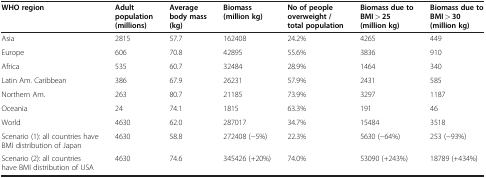
<table><thead><tr><td><b>WHO region</b></td><td><b>Adult population (millions)</b></td><td><b>Average body mass (kg)</b></td><td><b>Biomass (million kg)</b></td><td><b>No of people overweight / total population</b></td><td><b>Biomass due to BMI &gt; 25 (million kg)</b></td><td><b>Biomass due to BMI &gt; 30 (million kg)</b></td></tr></thead><tbody><tr><td>Asia</td><td>2815</td><td>57.7</td><td>162408</td><td>24.2%</td><td>4265</td><td>449</td></tr><tr><td>Europe</td><td>606</td><td>70.8</td><td>42895</td><td>55.6%</td><td>3836</td><td>910</td></tr><tr><td>Africa</td><td>535</td><td>60.7</td><td>32484</td><td>28.9%</td><td>1464</td><td>340</td></tr><tr><td>Latin Am. Caribbean</td><td>386</td><td>67.9</td><td>26231</td><td>57.9%</td><td>2431</td><td>585</td></tr><tr><td>Northern Am.</td><td>263</td><td>80.7</td><td>21185</td><td>73.9%</td><td>3297</td><td>1187</td></tr><tr><td>Oceania</td><td>24</td><td>74.1</td><td>1815</td><td>63.3%</td><td>191</td><td>46</td></tr><tr><td>World</td><td>4630</td><td>62.0</td><td>287017</td><td>34.7%</td><td>15484</td><td>3518</td></tr><tr><td>Scenario (1): all countries have BMI distribution of Japan</td><td>4630</td><td>58.8</td><td>272408 (−5%)</td><td>22.3%</td><td>5630 (−64%)</td><td>253 (−93%)</td></tr><tr><td>Scenario (2): all countries have BMI distribution of USA</td><td>4630</td><td>74.6</td><td>345426 (+20%)</td><td>74.0%</td><td>53090 (+243%)</td><td>18789 (+434%)</td></tr></tbody></table>